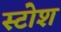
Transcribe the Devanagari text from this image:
स्टोश